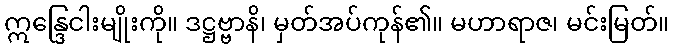
ဣန္ဒြေငါးမျိုးကို။ ဒဋ္ဌဗ္ဗာနိ၊ မှတ်အပ်ကုန်၏။ မဟာရာဇ၊ မင်းမြတ်။